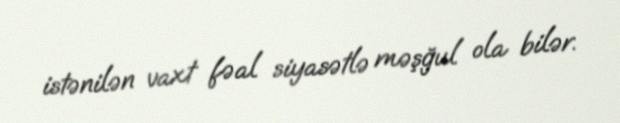
istənilən vaxt fəal siyasətlə məşğul ola bilər.